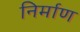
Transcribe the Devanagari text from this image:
निर्माण्‍ा